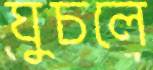
ঘুচলে